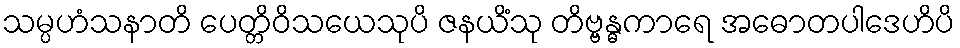
သမ္ပဟံသနာတိ ပေတ္တိဝိသယေသုပိ ဇနယိံသု တိဗ္ဗန္ဓကာရေ အဓောတပါဒေဟိပိ